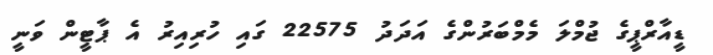
ޑީއާރްޕީގެ ޖުމްލަ މެމްބަރުންގެ އަދަދު 22575 ގައި ހުރިއިރު އެ ޕާޓީން ވަނީ